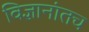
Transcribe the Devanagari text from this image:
विज्ञानांतच